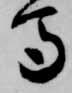
馬